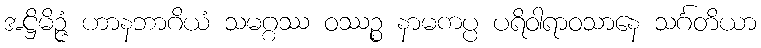
အဋ္ဌိမိဉ္ဇံ ဟာနဘာဂိယံ သမဂ္ဂဿ ဝဿဉ္စ နာမကပ္ပ ပရိဝါရာဝသာနေ သင်္ဂတိယာ